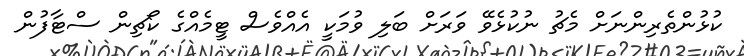
ކުޅުންތެރިންނަށް މެޗު ނުކުޅެވޭ ވަރަށް ބަލި ވުމަކީ އެއްވެސް ޓީމެއްގެ ކޯޗިން ސްޓާފުން